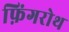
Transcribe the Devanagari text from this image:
फ़िंगरोथ